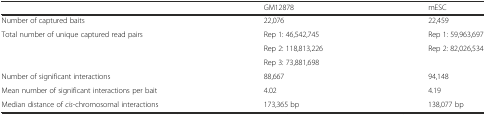
<table><thead><tr><td></td><td><b>GM12878</b></td><td><b>mESC</b></td></tr></thead><tbody><tr><td>Number of captured baits</td><td>22,076</td><td>22,459</td></tr><tr><td rowspan="3">Total number of unique captured read pairs</td><td>Rep 1: 46,542,745</td><td>Rep 1: 59,963,697</td></tr><tr><td>Rep 2: 118,813,226</td><td rowspan="2">Rep 2: 82,026,534</td></tr><tr><td>Rep 3: 73,881,698</td></tr><tr><td>Number of significant interactions</td><td>88,667</td><td>94,148</td></tr><tr><td>Mean number of significant interactions per bait</td><td>4.02</td><td>4.19</td></tr><tr><td>Median distance of <i>cis</i>-chromosomal interactions</td><td>173,365 bp</td><td>138,077 bp</td></tr></tbody></table>